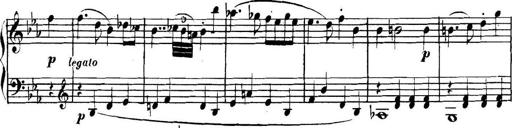
Title: Collected Piano Sonatas
Composer: Muzio Clementi